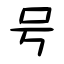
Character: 号